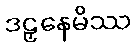
ဒဠှနေမိဿ